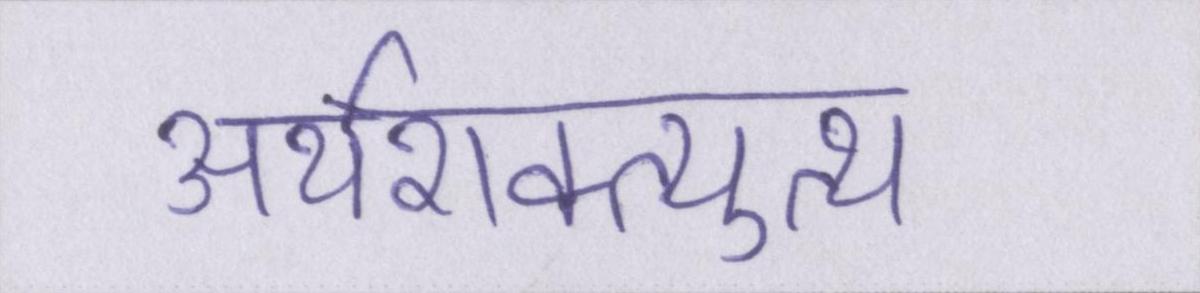
अर्थशक्त्युत्थ